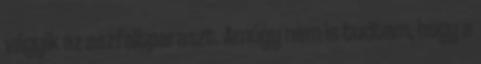
vágyik az aszfaltparaszt. Amúgy nem is tudtam, hogy a